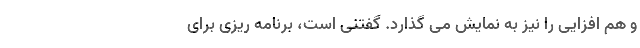
و هم افزایی را نیز به نمایش می گذارد. گفتنی است، برنامه ریزی برای